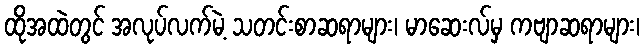
ထိုအထဲတွင် အလုပ်လက်မဲ့ သတင်းစာဆရာများ၊ မာဆေးလ်မှ ကဗျာဆရာများ၊